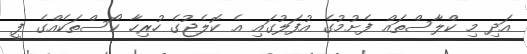
އަދި މި ކްލާސްތައް ފެށުމުގެ އުފަލުގައި އެ ކޮލެޖުގެ ހުރިހާ ކޯސްތަކެއްގެ ފީ